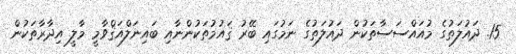
15. ދައުލަތުގެ މުއައްސަސާތަކުން ދައުލަތުގެ ނަމުގައި ބޭރު ޤައުމުތަކުންނާއި ބައިނަލްއަޤްވާމީ މާލީ އިދާރާތަކުން